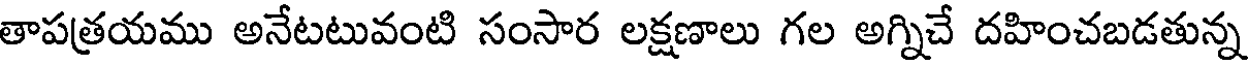
తాపత్రయము అనేటటువంటి సంసార లక్షణాలు గల అగ్నిచే దహించబడతున్న